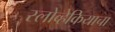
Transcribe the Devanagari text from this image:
स्लोव्हेकियाचा